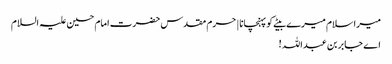
میرا سلام میرے بیٹے کو پہنچانا | حرم مقدس حضرت امام حسین علیہ السلام
اے جابر بن عبداللہ !